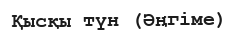
Қысқы түн (Әңгіме)